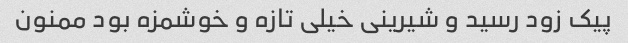
پیک زود رسید و شیرینی خیلی تازه و خوشمزه بود ممنون